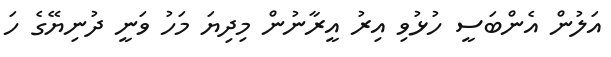
އަލުން އެންބަސީ ހުޅުވި އިރު އީރާނުން މިދިޔަ މަހު ވަނީ ދުނިޔޭގެ ހަ